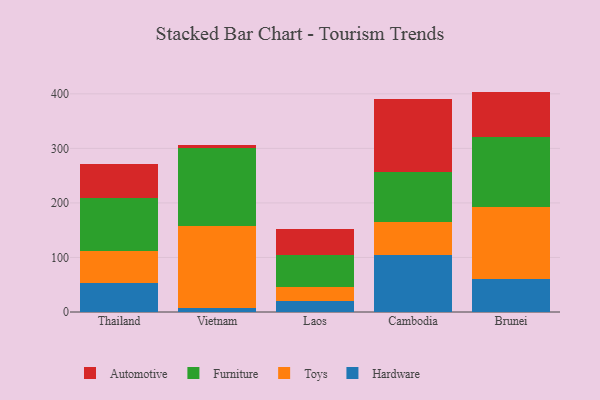
{"axis": {"x": "Country", "y": "Waste Production (Tons)"}, "legend": ["Automotive", "Furniture", "Hardware", "Toys"], "data": [{"x": "Thailand", "y": 53.1, "type": "Hardware"}, {"x": "Thailand", "y": 58.4, "type": "Toys"}, {"x": "Thailand", "y": 97.0, "type": "Furniture"}, {"x": "Thailand", "y": 62.5, "type": "Automotive"}, {"x": "Vietnam", "y": 6.6, "type": "Hardware"}, {"x": "Vietnam", "y": 151.6, "type": "Toys"}, {"x": "Vietnam", "y": 141.6, "type": "Furniture"}, {"x": "Vietnam", "y": 7.3, "type": "Automotive"}, {"x": "Laos", "y": 20.6, "type": "Hardware"}, {"x": "Laos", "y": 25.7, "type": "Toys"}, {"x": "Laos", "y": 58.8, "type": "Furniture"}, {"x": "Laos", "y": 47.3, "type": "Automotive"}, {"x": "Cambodia", "y": 104.5, "type": "Hardware"}, {"x": "Cambodia", "y": 60.0, "type": "Toys"}, {"x": "Cambodia", "y": 92.3, "type": "Furniture"}, {"x": "Cambodia", "y": 134.6, "type": "Automotive"}, {"x": "Brunei", "y": 60.9, "type": "Hardware"}, {"x": "Brunei", "y": 132.2, "type": "Toys"}, {"x": "Brunei", "y": 127.8, "type": "Furniture"}, {"x": "Brunei", "y": 83.2, "type": "Automotive"}]}